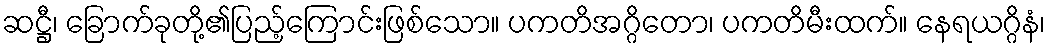
ဆဋ္ဌီ၊ ခြောက်ခုတို့၏ပြည့်ကြောင်းဖြစ်သော။ ပကတိအဂ္ဂိတော၊ ပကတိမီးထက်။ နေရယဂ္ဂိနံ၊